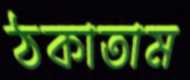
ঠকাতাম